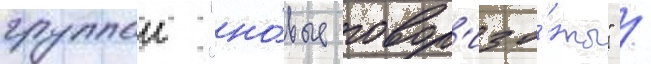
группои "но́вые гор'изо́нты" /